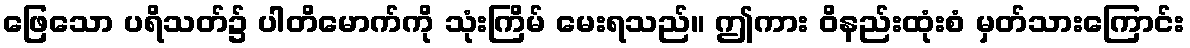
ဖြေသော ပရိသတ်၌ ပါတိမောက်ကို သုံးကြိမ် မေးရသည်။ ဤကား ဝိနည်းထုံးစံ မှတ်သားကြောင်း